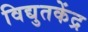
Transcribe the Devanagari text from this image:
विद्युतकेंद्र